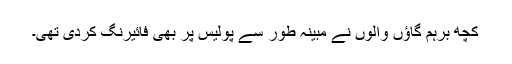
کچھ برہم گاؤں والوں نے مبینہ طور سے پولیس پر بھی فائیرنگ کردی تھی۔